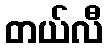
တယ်လီ